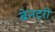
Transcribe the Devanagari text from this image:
ब्रेनट्री